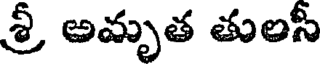
శ్రీ అమృత తులస్